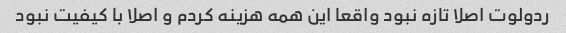
ردولوت اصلا تازه نبود واقعا این همه هزینه کردم و اصلا با کیفیت نبود